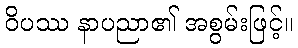
ဝိပဿ နာပညာ၏ အစွမ်းဖြင့်။